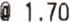
@ 1.70